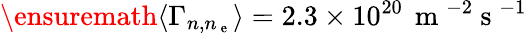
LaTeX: \ensuremath{\langle\Gamma_{n,n_{\mathrm{~e~}}}\rangle}=2.3\times 10^{20}\, \mathrm{~m~}^{-2}\mathrm{~s~}^{-1}